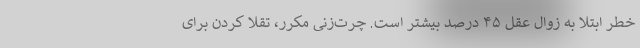
خطر ابتلا به زوال عقل ۴۵ درصد بیشتر است. چرت‌زنی مکرر، تقلا کردن برای